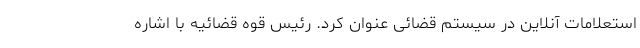
استعلامات آنلاین در سیستم قضائی عنوان کرد. رئیس قوه قضائیه با اشاره